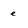
Character: e